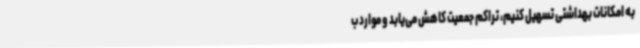
به امکانات بهداشتی تسهیل کنیم، تراکم جمعیت کاهش می‌یابد و موارد ب